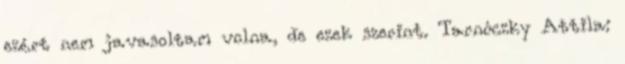
ezért nem javasoltam volna, de ezek szerint. Tarnóczky Attila: